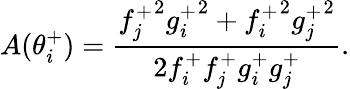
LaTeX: A(\theta_{i}^{+})=\frac{{f_{j}^{+}}^{2}{g_{i}^{+}}^{2}+{f_{i}^{+}}^{2}{g_{j}^{+}}^{2}}{2f_{i}^{+}f_{j}^{+}g_{i}^{+}g_{j}^{+}}.